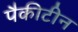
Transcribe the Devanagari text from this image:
पैकीटीन